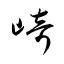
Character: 﨑